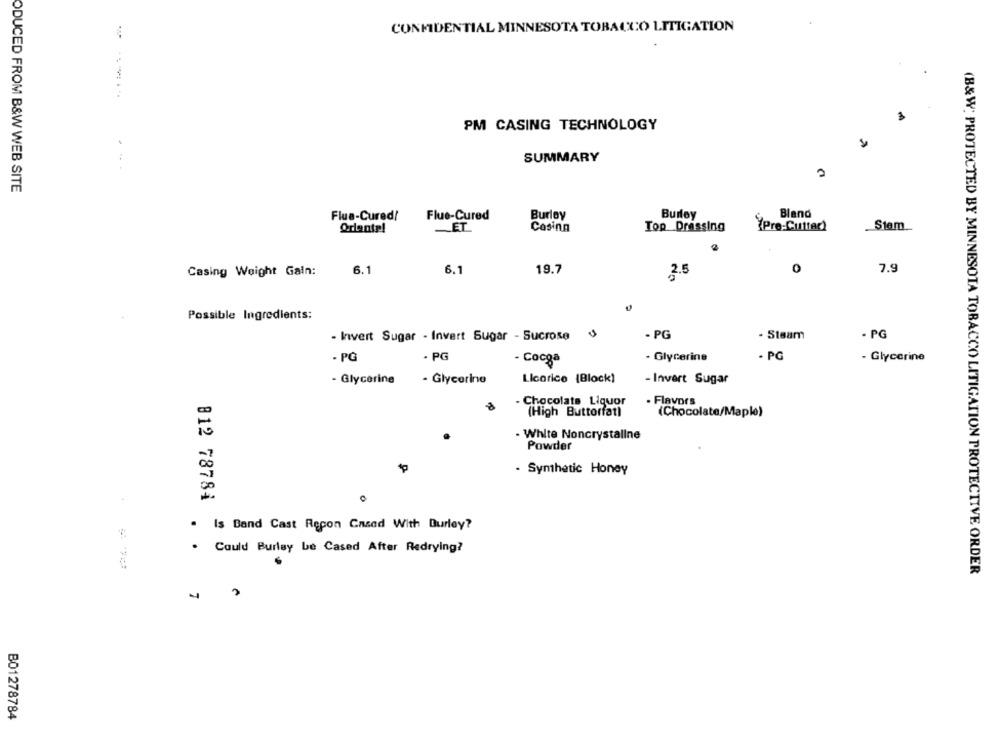
CONFIDENTIAL MINNESOTA TOBACCO LITIGATION
-----
PM CASING TECHNOLOGY
SUMMARY
ODUCED FROM B&W WEB SITE
Burley
Burley
Bland
Flue-Cured/
Flue-Cured
Oriente!
ET
Cosinn
Top Dressing
(Pre-Cuttec)
Stam
7.9
Casing Weight Gain:
6.1
6.1
19.7
2.5
0
Possible Ingredients:
- PG
. PG
- Invert Sugar - Invert Sugar - Sucrose
- PG
. Glycerine
- PG
- PG
- Cocga
- Glycerine
Licorice (Block)
- Glycerine
- Glycerine
- Invert Sugar
- Chocolats Liquor
- Flavors
(High Buttorfat)
(Chocolate/Maple)
- White Noncrystallne
Powder
- Synthetic Honey
812 78784
. Is Band Cast Recon Cased With Burley?
Could Burley be Cased After Redrying?
(B&W; PROTECTED BY MINNESOTA TOBACCO LITIGATION PROTECTIVE ORDER
4
B01278784